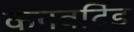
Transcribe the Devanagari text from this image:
कनवर्टिड